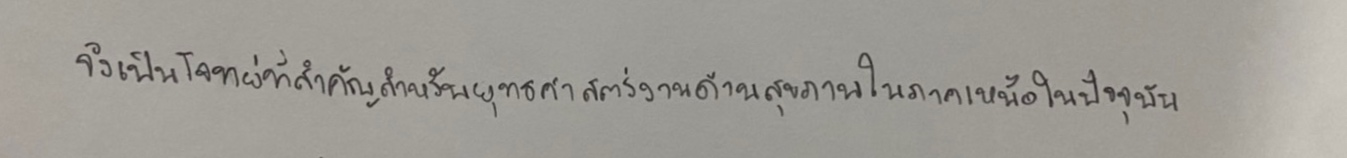
จึงเป็นโจทย์ที่สำคัญสำหรับยุทธศาสตร์งานด้านสุขภาพในภาคเหนือในปัจจุบัน